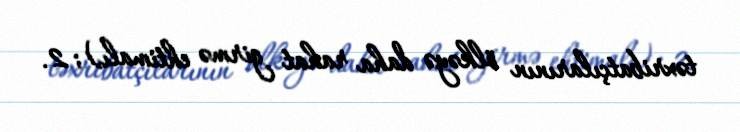
təxribatçılarının ölkəyə daha rahat girmə ehtimalı); 2.